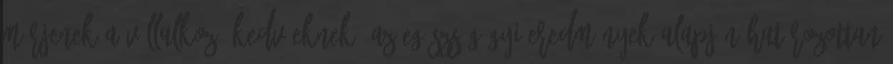
mérjenek a vállalkozó kedvűeknek. Az egészségügyi eredmények alapján határozottan